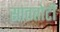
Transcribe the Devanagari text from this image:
साततोटी